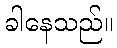
ခါနေသည်။